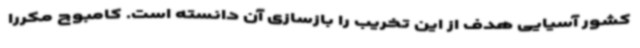
کشور آسیایی هدف از این تخریب را بازسازی آن دانسته است. کامبوج مکررا